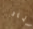
نذير